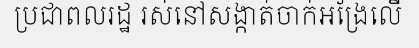
ប្រជាពលរដ្ឋ រស់នៅសង្កាត់ចាក់អង្រែលើ